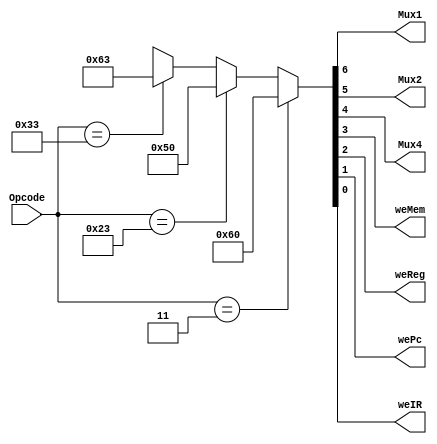
module mainController(
  input [6:0] Opcode,
  output Mux1, Mux2, Mux4, weMem, weReg, wePc, weIR
);
  reg [7:0] control;

  assign {Mux1, Mux2, Mux4, weMem, weReg, wePc, weIR} =
    (Opcode == 7'b0000011) ? 8'b11100000 : // Load - weIR-1b,wePc-1b,weReg-1b,weMem-1b,Mux4-1n,Mux2-2b,Mux1-1b
    (Opcode == 7'b0100011) ? 8'b11010000 : // Store - weIR-1b,wePc-1b,weReg-1b,weMem-1b,Mux4-1n,Mux2-2b,Mux1-1b
    (Opcode == 7'b0110011) ? 8'b11100011 : // Add - weIR-1b,wePc-1b,weReg-1b,weMem-1b,Mux4-1n,Mux2-2b,Mux1-1b

    // (Opcode == 7'b0110011) ? 8'b1,1,1,0,0,01,1 : // Add - weIR-1b,wePc-1b,weReg-1b,weMem-1b,Mux4-1n,Mux2-2b,Mux1-1b
    // (Opcode == 7'b0110011) ? 8'b001000010 : // Store
    // (Opcode == 7'b0100011) ? 8'b1x0010000 : // s-type
    // (Opcode == 7'b1100011) ? 8'b0x0001001 : // sb-type
    // (Opcode == 7'b0010011) ? 8'b101000011 : // I-type
    // (Opcode == 7'b1100111) ? 8'b111xx0100 : // jalr-type
    // (Opcode == 7'b1101111) ? 8'b111xx0100 : // jal-type
    8'bxxxxxxxx;
endmodule